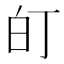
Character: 𭽆